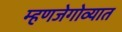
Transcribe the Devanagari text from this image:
म्हणजेगोव्यात